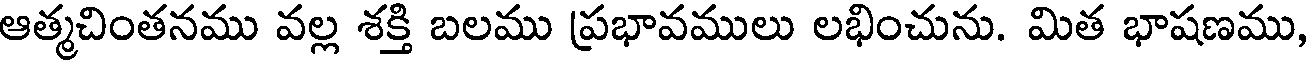
ఆత్మచింతనము వల్ల శక్తి బలము ప్రభావములు లభించును. మిత భాషణము,